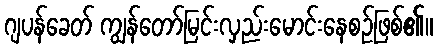
ဂျပန်ခေတ် ကျွန်တော်မြင်းလှည်းမောင်းနေစဉ်ဖြစ်၏။